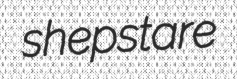
shepstare